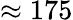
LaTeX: \approx 175